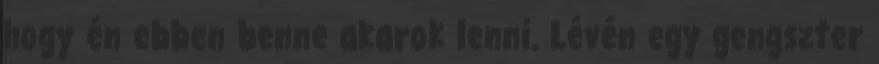
hogy én ebben benne akarok lenni. Lévén egy gengszter